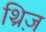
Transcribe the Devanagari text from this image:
थ्रिज़